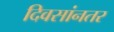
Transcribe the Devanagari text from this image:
दिवसांनतर